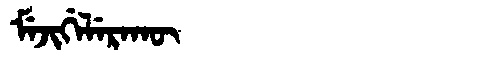
Manchu: ᠮᡝᠵᡳᡤᡝᠯᡝᡵᠠᡴᡡ
Romanization: MEJIGELERAKŪ